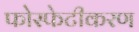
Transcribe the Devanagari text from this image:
फोस्फेटीकरण